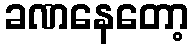
ခဏနေတော့